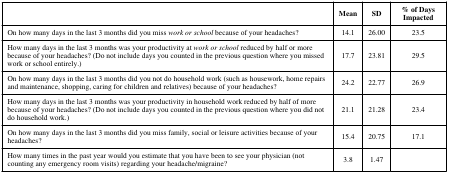
|  | Mean | SD | % of Days Impacted |
 | --- | --- | --- | --- |
 | On how many days in the last 3 months did you miss work or school because of your headaches? | 14.1 | 26.00 | 23.5 |
 | How many days in the last 3 months was your productivity at work or school reduced by half or more because of your headaches? (Do not include days you counted in the previous question where you missed work or school entirely.) | 17.7 | 23.81 | 29.5 |
 | On how many days in the last 3 months did you not do household work (such as housework, home repairs and maintenance, shopping, caring for children and relatives) because of your headaches? | 24.2 | 22.77 | 26.9 |
 | How many days in the last 3 months was your productivity in household work reduced by half of more because of your headaches? (Do not include days you counted in the previous question where you did not do household work.) | 21.1 | 21.28 | 23.4 |
 | On how many days in the last 3 months did you miss family, social or leisure activities because of your headaches? | 15.4 | 20.75 | 17.1 |
 | How many times in the past year would you estimate that you have been to see your physician (not counting any emergency room visits) regarding your headache/migraine? | 3.8 | 1.47 |  |